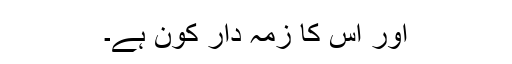
اور اس کا زمہ دار کون ہے۔